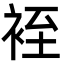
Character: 䘭